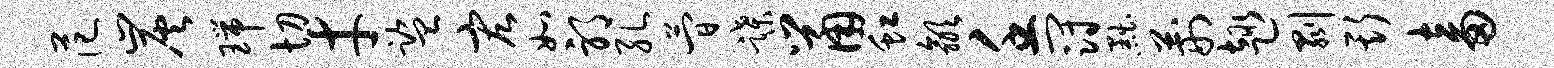
范炭瑞切才监宏如邪孔简蹀鼠虹歙壬冠黜荆趣剥斯畜